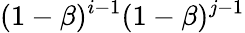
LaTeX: (1-\beta)^{i-1}(1-\beta)^{j-1}